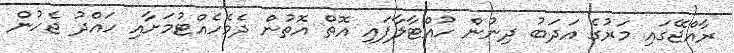
ރާއްޖޭގައި މަރުގެ އަދަބު ދިނުން ހުއްޓާލާފައި އޮތް އޮތުން ދެމެހެއްޓުމަށާއި ހައްދު ޖެހުން